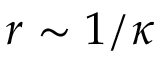
r \sim 1 / \kappa